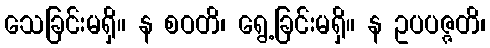
သေခြင်းမရှိ။ န စဝတိ၊ ရွေ့ခြင်းမရှိ။ န ဥပပဇ္ဇတိ၊